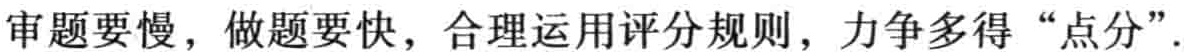
审题要慢，做题要快，合理运用评分规则，力争多得“点分”.